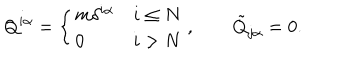
Q ^ { i \alpha } = \left\{ \begin{array} { l l } { { m \delta ^ { i \alpha } } } & { { i \le N } } \\ { { 0 } } & { { i > N } } \\ \end{array} \right. , \qquad \tilde { Q } _ { j \alpha } = 0 .